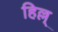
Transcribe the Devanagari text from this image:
हिल्ल्